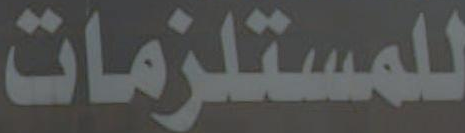
للمستلزمات